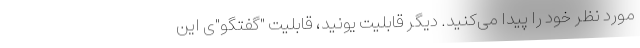
مورد نظر خود را پیدا می‌کنید. دیگر قابلیت یونید، قابلیت "گفتگو"ی این